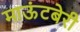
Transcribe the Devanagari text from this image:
माऊंटबेरी